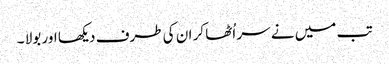
تب میں نے سر اُٹھا کر ان کی طرف دیکھا اور بولا ۔